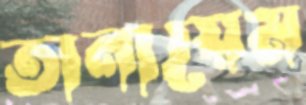
তানায়েম